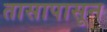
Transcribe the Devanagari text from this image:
तासापासून